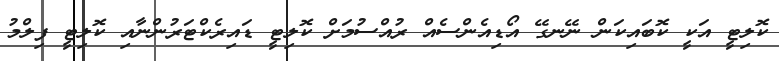
ކޮލިޓީ އަކީ ކޮބައިކަން ނޭނގޭ އޯޑިއެންސެއް ރުއްސުމަށް ކޮލިޓީ ޑައިރެކްޓަރުންނާއި ކޮލިޓީ ފިލްމު